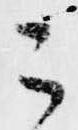
こ